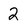
Character: 2